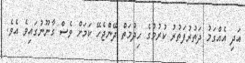
އަދި އެއްގަމު ދަތުރުފަތުރު ކުރުމުގެ ހިދުމަތް ދޭންޖެހޭ ކަމަށް ވެސް ގާނޫނުގައިވެ އެވެ.